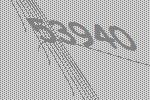
53940